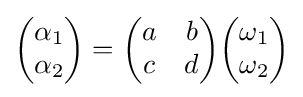
{\begin{pmatrix}\alpha _{1}\\\alpha _{2}\end{pmatrix}}={\begin{pmatrix}a&b\\c&d\end{pmatrix}}{\begin{pmatrix}\omega _{1}\\\omega _{2}\end{pmatrix}}